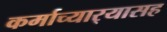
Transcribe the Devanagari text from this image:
कर्माच्यार्‍यासह